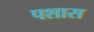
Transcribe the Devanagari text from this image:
पशास